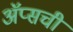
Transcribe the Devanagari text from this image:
ॲप्सची